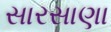
સારસાણા